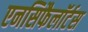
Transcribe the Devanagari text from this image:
एनसिफैलॉर्टस